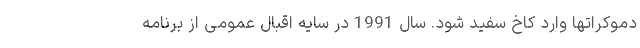
دموکراتها وارد کاخ سفید شود. سال 1991 در سایه اقبال عمومی از برنامه